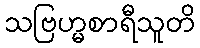
သဗြဟ္မစာရီသူတိ